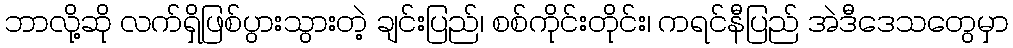
ဘာလို့ဆို လက်ရှိဖြစ်ပွားသွားတဲ့ ချင်းပြည်၊ စစ်ကိုင်းတိုင်း၊ ကရင်နီပြည် အဲဒီဒေသတွေမှာ